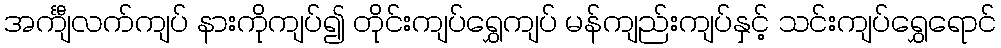
အင်္ကျီလက်ကျပ် နားကိုကျပ်၍ တိုင်းကျပ်ရွှေကျပ် မန်ကျည်းကျပ်နှင့် သင်းကျပ်ရွှေရောင်